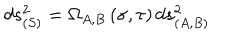
d s _ { ( S ) } ^ { 2 } = \Omega _ { A , B } \left( \sigma , \tau \right) d s _ { ( A , B ) } ^ { 2 }